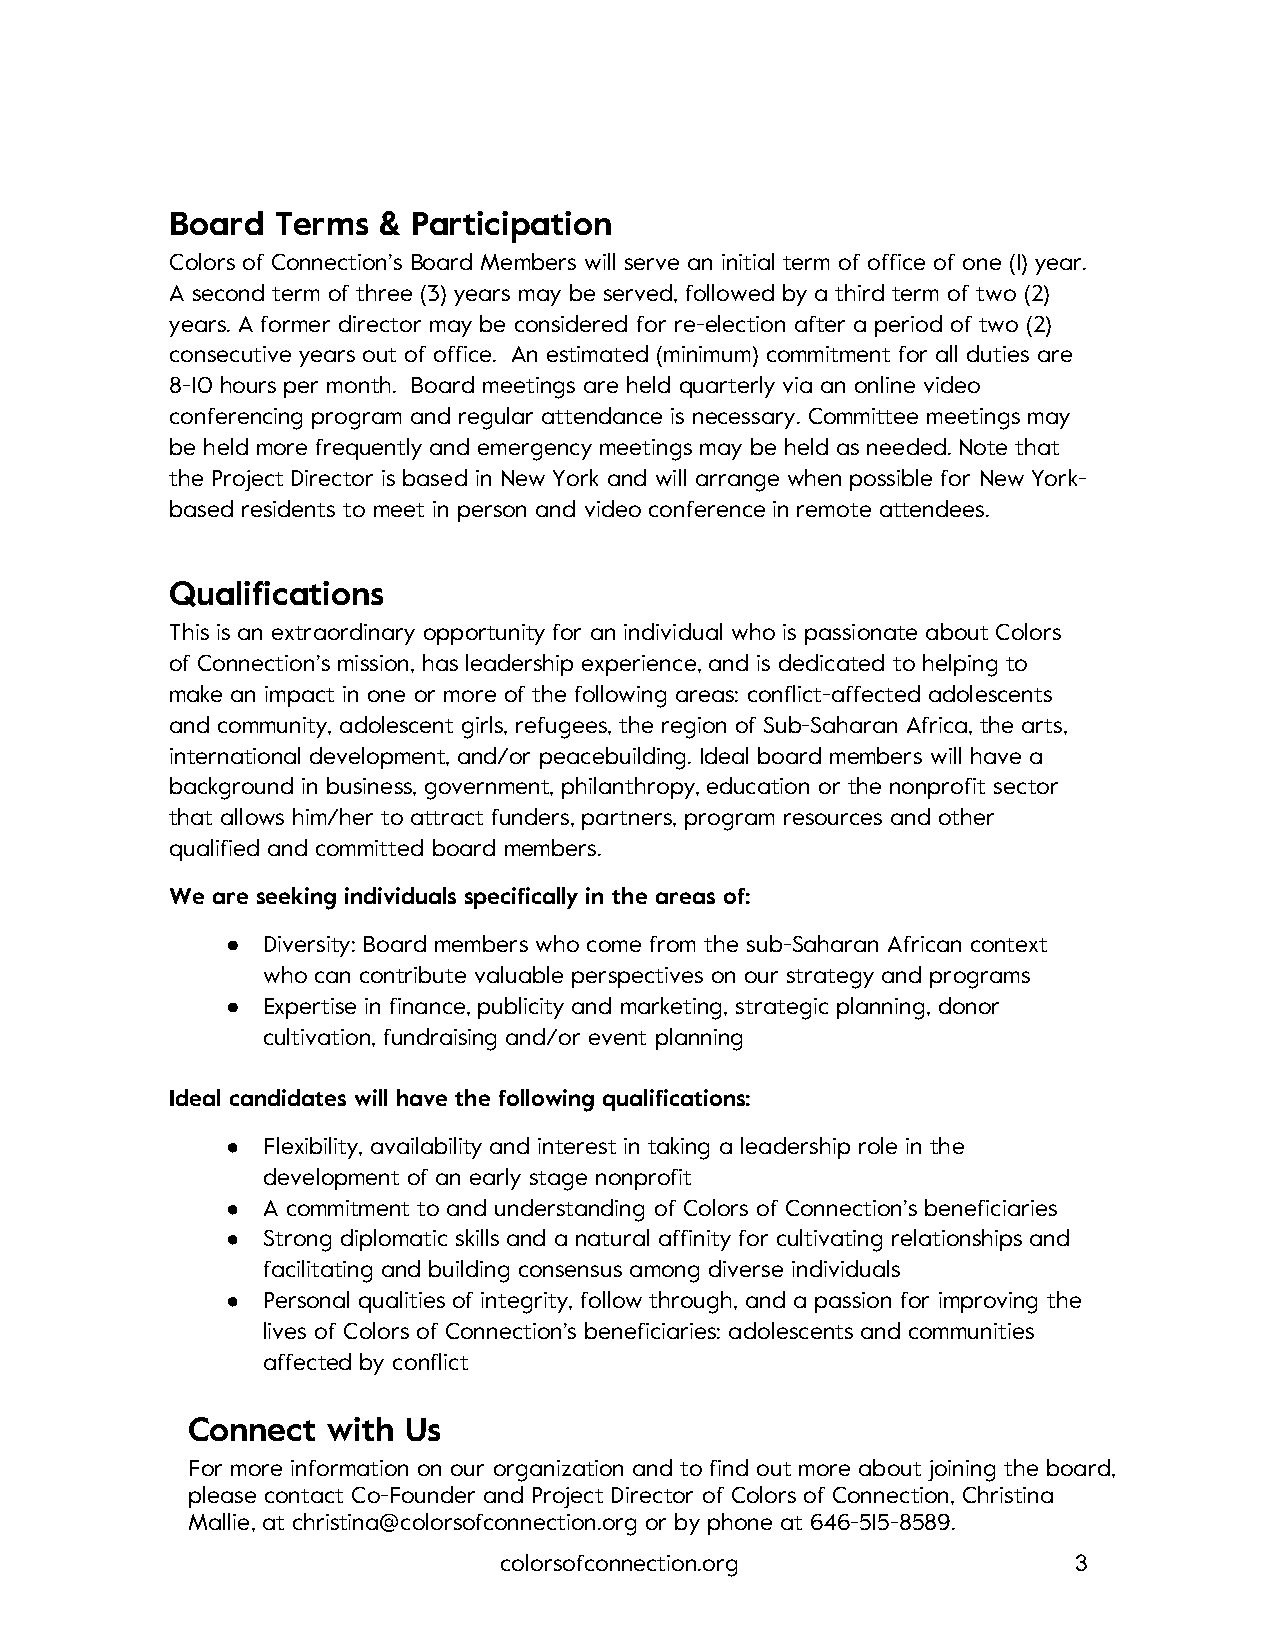
Board  Terms  & Participation
 Colors of Connection’s Board Members will serve an initial term of office of one (1) year.
 A second term of three (3) years may be served, followed by a third term of two (2)
 years. A former director may be considered for re-election after a period of two (2)
 consecutive years out of office. An estimated (minimum) commitment for all duties are
 8-10 hours per month. Board meetings are held quarterly via an online video
 conferencing program and regular attendance is necessary. Committee meetings may
 be held more frequently and emergency meetings may be held as needed. Note that
 the Project Director is based in New York and will arrange when possible for New York-
 based residents to meet in person and video conference in remote attendees.
 Qualifications
 This is an extraordinary opportunity for an individual who is passionate about Colors
 of Connection’s mission, has leadership experience, and is dedicated to helping to
 make an impact in one or more of the following areas: conflict-affected adolescents
 and community, adolescent girls, refugees, the region of Sub-Saharan Africa, the arts,
 international development, and/or peacebuilding. Ideal board members will have a
 background in business, government, philanthropy, education or the nonprofit sector
 that allows him/her to attract funders, partners, program resources and other
 qualified and committed board members.
 We are seeking individuals specifically in the areas of:
 ● Diversity: Board members who come from the sub-Saharan African context
 who can contribute valuable perspectives on our strategy and programs
 ● Expertise in finance, publicity and marketing, strategic planning, donor
 cultivation, fundraising and/or event planning
 Ideal candidates will have the following qualifications:
 ● Flexibility, availability and interest in taking a leadership role in the
 development of an early stage nonprofit
 ● A commitment to and understanding of Colors of Connection’s beneficiaries
 ● Strong diplomatic skills and a natural affinity for cultivating relationships and
 facilitating and building consensus among diverse individuals
 ● Personal qualities of integrity, follow through, and a passion for improving the
 lives of Colors of Connection’s beneficiaries: adolescents and communities
 affected by conflict
 Connect   with Us
 For more information on our organization and to find out more about joining the board,
 please contact Co-Founder and Project Director of Colors of Connection, Christina
 Mallie, at christina@colorsofconnection.org or by phone at 646-515-8589.
 colorsofconnection.org                3